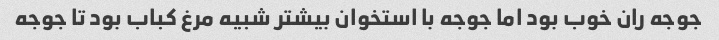
جوجه ران خوب بود اما جوجه با استخوان بیشتر شبیه مرغ کباب بود تا جوجه